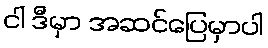
ငါ ဒီမှာ အဆင်ပြေမှာပါ